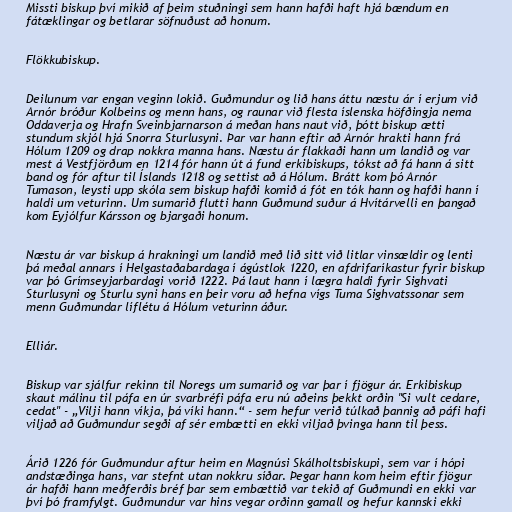
Missti biskup því mikið af þeim stuðningi sem hann hafði haft hjá bændum en
fátæklingar og betlarar söfnuðust að honum.

Flökkubiskup.

Deilunum var engan veginn lokið. Guðmundur og lið hans áttu næstu ár í erjum við
Arnór bróður Kolbeins og menn hans, og raunar við flesta íslenska höfðingja nema
Oddaverja og Hrafn Sveinbjarnarson á meðan hans naut við, þótt biskup ætti
stundum skjól hjá Snorra Sturlusyni. Þar var hann eftir að Arnór hrakti hann frá
Hólum 1209 og drap nokkra manna hans. Næstu ár flakkaði hann um landið og var
mest á Vestfjörðum en 1214 fór hann út á fund erkibiskups, tókst að fá hann á sitt
band og fór aftur til Íslands 1218 og settist að á Hólum. Brátt kom þó Arnór
Tumason, leysti upp skóla sem biskup hafði komið á fót en tók hann og hafði hann í
haldi um veturinn. Um sumarið flutti hann Guðmund suður á Hvítárvelli en þangað
kom Eyjólfur Kársson og bjargaði honum.

Næstu ár var biskup á hrakningi um landið með lið sitt við litlar vinsældir og lenti
þá meðal annars í Helgastaðabardaga í ágústlok 1220, en afdrifaríkastur fyrir biskup
var þó Grímseyjarbardagi vorið 1222. Þá laut hann í lægra haldi fyrir Sighvati
Sturlusyni og Sturlu syni hans en þeir voru að hefna vígs Tuma Sighvatssonar sem
menn Guðmundar líflétu á Hólum veturinn áður.

Elliár.

Biskup var sjálfur rekinn til Noregs um sumarið og var þar í fjögur ár. Erkibiskup
skaut málinu til páfa en úr svarbréfi páfa eru nú aðeins þekkt orðin "Si vult cedare,
cedat" - „Vilji hann víkja, þá víki hann.“ - sem hefur verið túlkað þannig að páfi hafi
viljað að Guðmundur segði af sér embætti en ekki viljað þvinga hann til þess.

Árið 1226 fór Guðmundur aftur heim en Magnúsi Skálholtsbiskupi, sem var í hópi
andstæðinga hans, var stefnt utan nokkru síðar. Þegar hann kom heim eftir fjögur
ár hafði hann meðferðis bréf þar sem embættið var tekið af Guðmundi en ekki var
því þó framfylgt. Guðmundur var hins vegar orðinn gamall og hefur kannski ekki